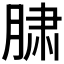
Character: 𰮲